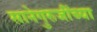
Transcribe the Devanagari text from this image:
सानेगुरुजींच्या